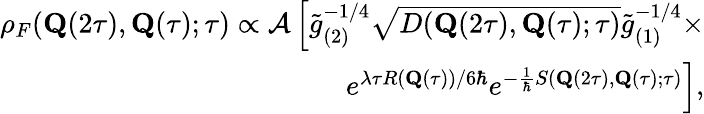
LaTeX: \begin{array}{r}{\rho_{F}(\mathbf{Q}(2\tau),\mathbf{Q}(\tau);\tau)\propto{\cal A}\left[\tilde{g}_{(2)}^{-1/4}\sqrt{D(\mathbf{Q}(2\tau),\mathbf{Q}(\tau);\tau)}\tilde{g}_{(1)}^{-1/4}\times\right.}\\ {\left.e^{\lambda\tau R(\mathbf{Q}(\tau))/6\hbar}e^{-\frac{1}{\hbar}S(\mathbf{Q}(2\tau),\mathbf{Q}(\tau);\tau)}\right],}\end{array}